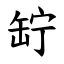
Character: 䍆